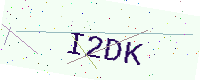
Text: I2DK